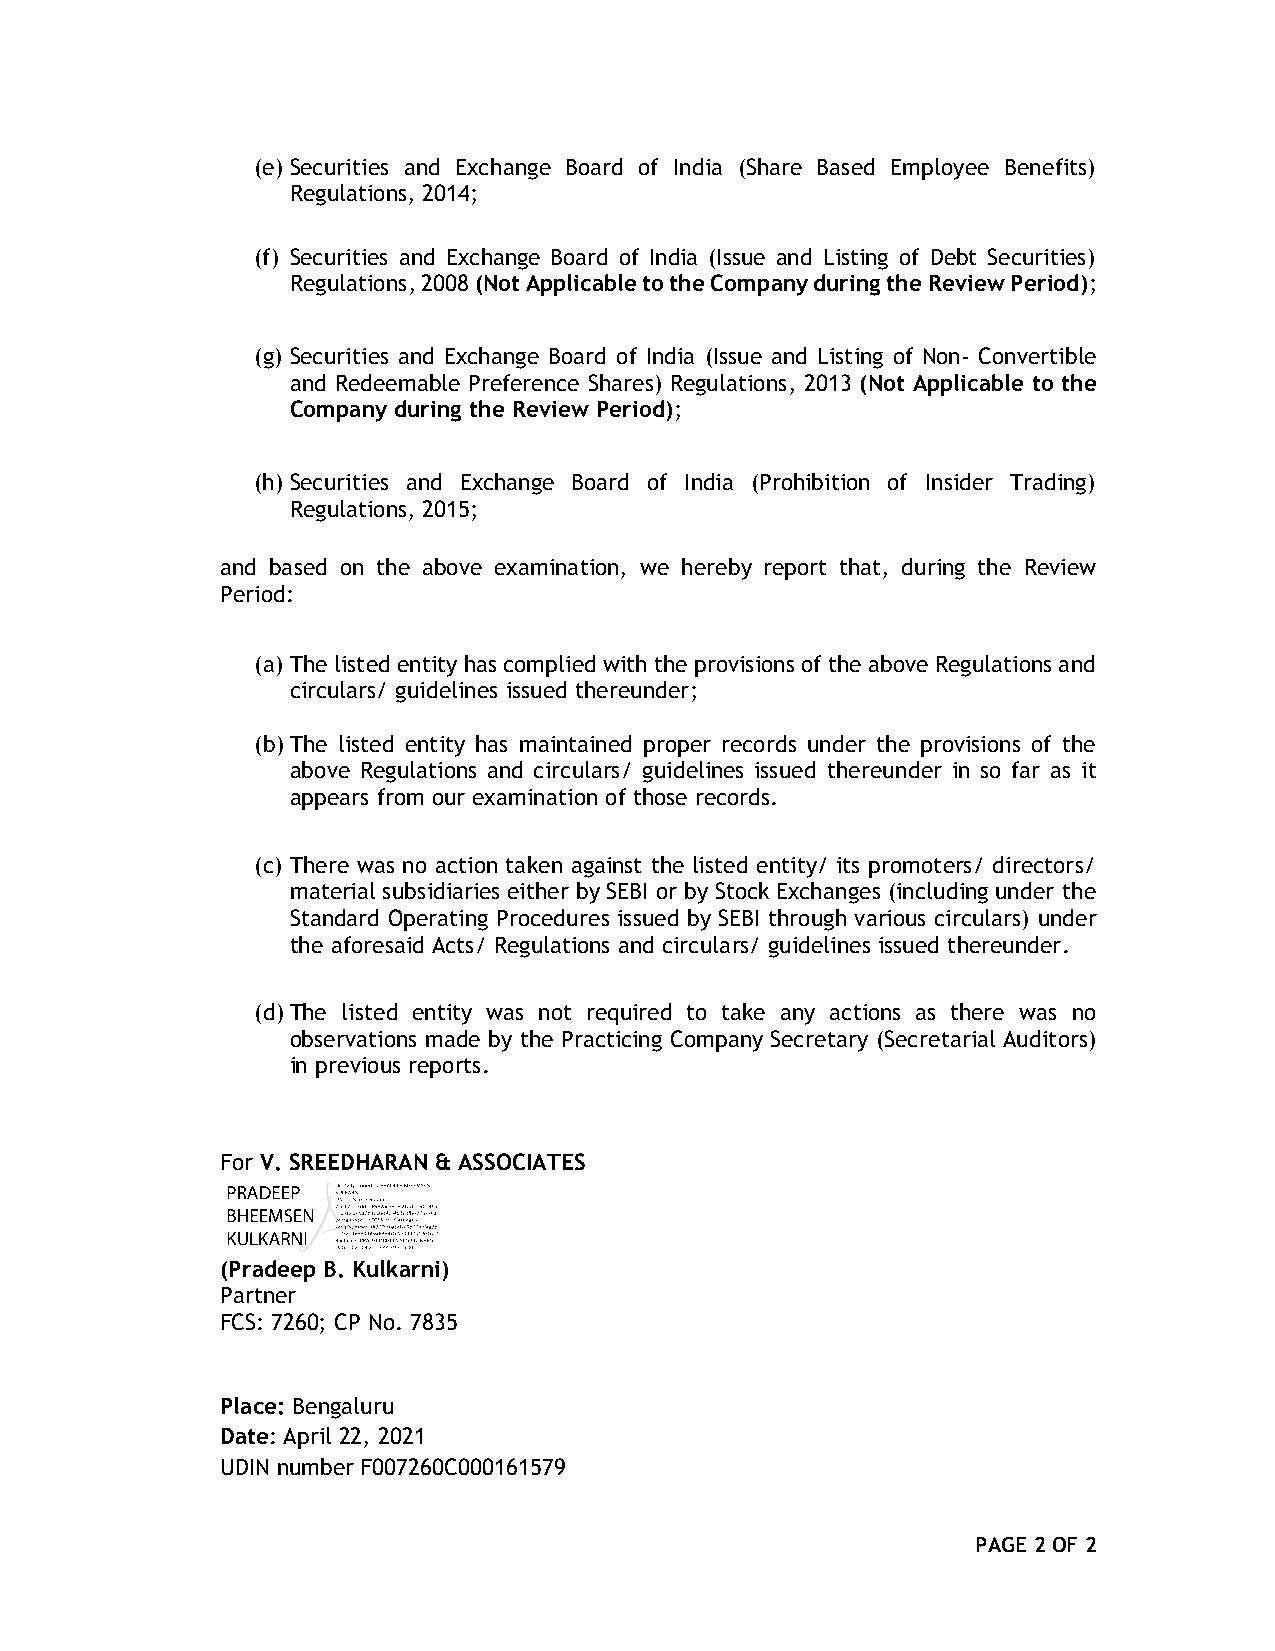
(e) Securities and Exchange Board of India (Share Based Employee Benefits)
 Regulations, 2014;
 (f) Securities and Exchange Board of India (Issue and Listing of Debt Securities)
 Regulations, 2008 (Not Applicable to the Company during the Review Period);
 (g) Securities and Exchange Board of India (Issue and Listing of Non- Convertible
 and Redeemable Preference Shares) Regulations, 2013 (Not Applicable to the
 Company during the Review Period);
 (h) Securities and Exchange Board of India (Prohibition of Insider Trading)
 Regulations, 2015;
 and based on the above examination, we hereby report that, during the Review
 Period:
 (a) The listed entity has complied with the provisions of the above Regulations and
 circulars/ guidelines issued thereunder;
 (b) The listed entity has maintained proper records under the provisions of the
 above Regulations and circulars/ guidelines issued thereunder in so far as it
 appears from our examination of those records.
 (c) There was no action taken against the listed entity/ its promoters/ directors/
 material subsidiaries either by SEBI or by Stock Exchanges (including under the
 Standard Operating Procedures issued by SEBI through various circulars) under
 the aforesaid Acts/ Regulations and circulars/ guidelines issued thereunder.
 (d) The listed entity was not required to take any actions as there was no
 observations made by the Practicing Company Secretary (Secretarial Auditors)
 in previous reports.
 For V. SREEDHARAN & ASSOCIATES
 (Pradeep B. Kulkarni)
 Partner
 FCS: 7260; CP No. 7835
 Place: Bengaluru
 Date: April 22, 2021
 UDIN number F007260C000161579
 PAGE 2 OF 2